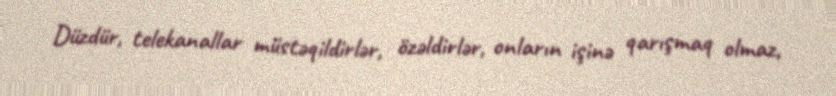
Düzdür, telekanallar müstəqildirlər, özəldirlər, onların işinə qarışmaq olmaz,